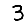
Digit: 3